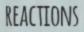
REACTIONS